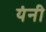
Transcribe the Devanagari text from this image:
यंनी